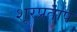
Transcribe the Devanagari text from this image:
शूरप्रताप